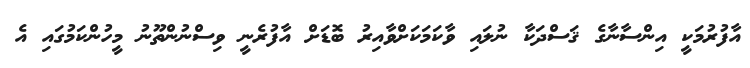
އާފުރުމަކީ އިންސާނާގެ ޤަސްދަކާ ނުލައި ވާކަމަކަށްވާއިރު ބޮޑަށް އާފުރެނީ ވިސްނުންތޫނު މީހުންކަމުގައި އެ